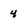
Character: 4